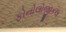
ફોનોલોજીકલ